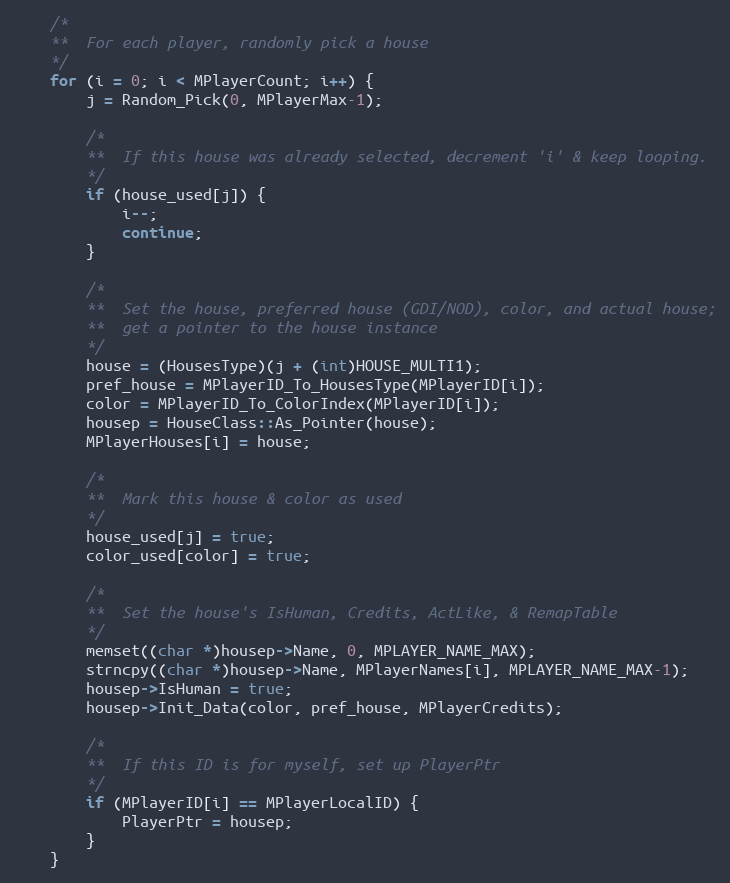
Language: C++
	/*
	**	For each player, randomly pick a house
	*/
	for (i = 0; i < MPlayerCount; i++) {
		j = Random_Pick(0, MPlayerMax-1);

		/*
		**	If this house was already selected, decrement 'i' & keep looping.
		*/
		if (house_used[j]) {
			i--;
			continue;
		}

		/*
		**	Set the house, preferred house (GDI/NOD), color, and actual house;
		**	get a pointer to the house instance
		*/
		house = (HousesType)(j + (int)HOUSE_MULTI1);
		pref_house = MPlayerID_To_HousesType(MPlayerID[i]);
		color = MPlayerID_To_ColorIndex(MPlayerID[i]);
		housep = HouseClass::As_Pointer(house);
		MPlayerHouses[i] = house;

		/*
		**	Mark this house & color as used
		*/
		house_used[j] = true;
		color_used[color] = true;

		/*
		**	Set the house's IsHuman, Credits, ActLike, & RemapTable
		*/
		memset((char *)housep->Name, 0, MPLAYER_NAME_MAX);
		strncpy((char *)housep->Name, MPlayerNames[i], MPLAYER_NAME_MAX-1);
		housep->IsHuman = true;
		housep->Init_Data(color, pref_house, MPlayerCredits);

		/*
		**	If this ID is for myself, set up PlayerPtr
		*/
		if (MPlayerID[i] == MPlayerLocalID) {
			PlayerPtr = housep;
		}
	}